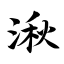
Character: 湫